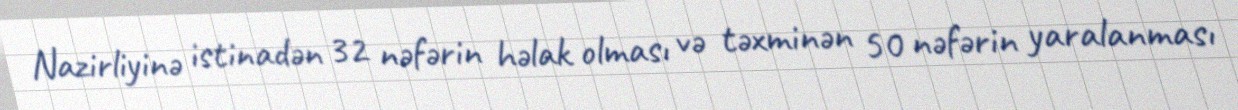
Nazirliyinə istinadən 32 nəfərin həlak olması və təxminən 50 nəfərin yaralanması